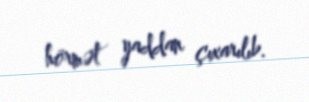
hörmət yaddan çıxarılıb.